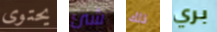
يحتوى شئ ذلك بري